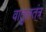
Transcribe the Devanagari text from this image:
वातुलतंत्र